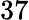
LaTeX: \mathrm{37}